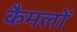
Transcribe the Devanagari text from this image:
कैमलों